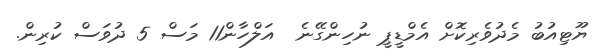
ޔޫޓިއުބު މެދުވެރިކޮށް އެމްޑީޕީ ނުހިންގޭނެ  އަލްހާން11 މަސް 5 ދުވަސް ކުރިން.